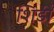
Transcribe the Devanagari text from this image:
शिडीं